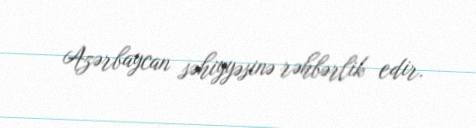
Azərbaycan səhiyyəsinə rəhbərlik edir.